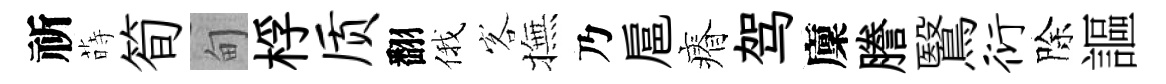
祈蒔筍甸桴质翻俄客撫乃扈瘠驾廩謄鷖衍除謳